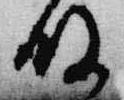
殿